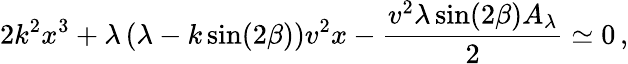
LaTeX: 2{k^{2}}{x^{3}}+\lambda\left(\lambda-k\sin(2\beta)\right)v^{2}x-{\frac{{v^{2}}\lambda\sin(2\beta)A_{\lambda}}{2}}\simeq 0\, ,